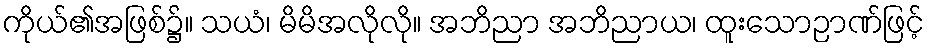
ကိုယ်၏အဖြစ်၌။ သယံ၊ မိမိအလိုလို။ အဘိညာ အဘိညာယ၊ ထူးသောဉာဏ်ဖြင့်